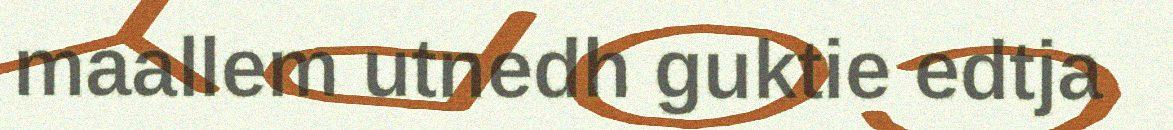
maallem utnedh guktie edtja